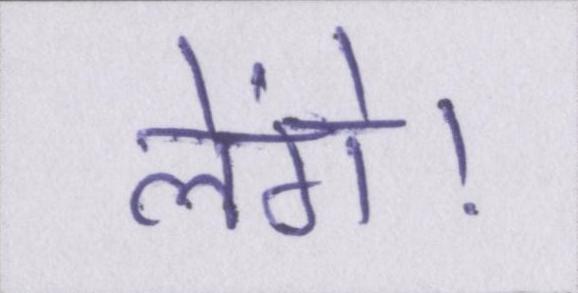
लेंगे।